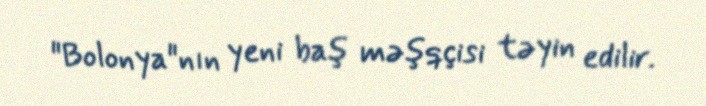
"Bolonya"nın yeni baş məşqçisi təyin edilir.